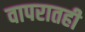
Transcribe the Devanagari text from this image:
वापरातही